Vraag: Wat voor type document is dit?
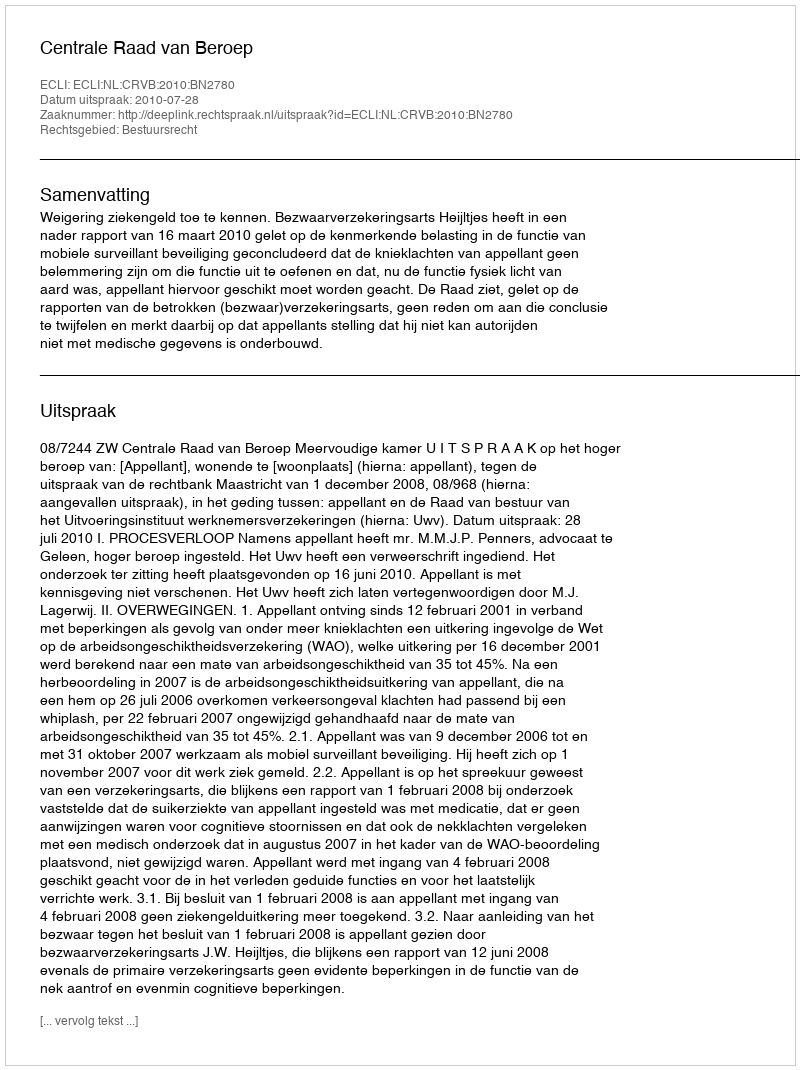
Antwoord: Uitspraak